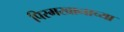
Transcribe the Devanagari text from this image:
पिरमखानाच्या